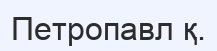
Петропавл қ.